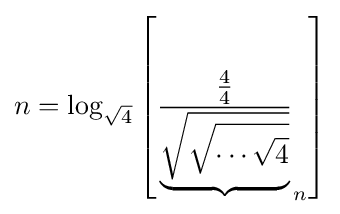
n=\log _{\sqrt {4}}\left[{\frac {\frac {4}{4}}{\underbrace {\sqrt {\sqrt {\cdots {\sqrt {4}}}}} }}_{n}\right]